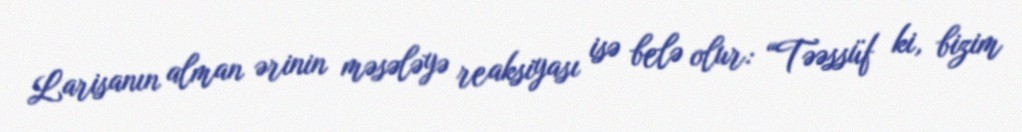
Larisanın alman ərinin məsələyə reaksiyası isə belə olur: “Təəssüf ki, bizim